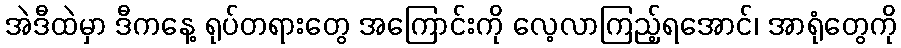
အဲဒီထဲမှာ ဒီကနေ့ ရုပ်တရားတွေ အကြောင်းကို လေ့လာကြည့်ရအောင်၊ အာရုံတွေကို